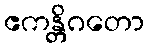
ဧကန္တိဂတော